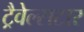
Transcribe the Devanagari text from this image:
ट्रैवेल्सटार